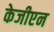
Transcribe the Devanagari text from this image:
केजीएन